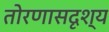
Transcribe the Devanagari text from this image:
तोरणासदृश्य